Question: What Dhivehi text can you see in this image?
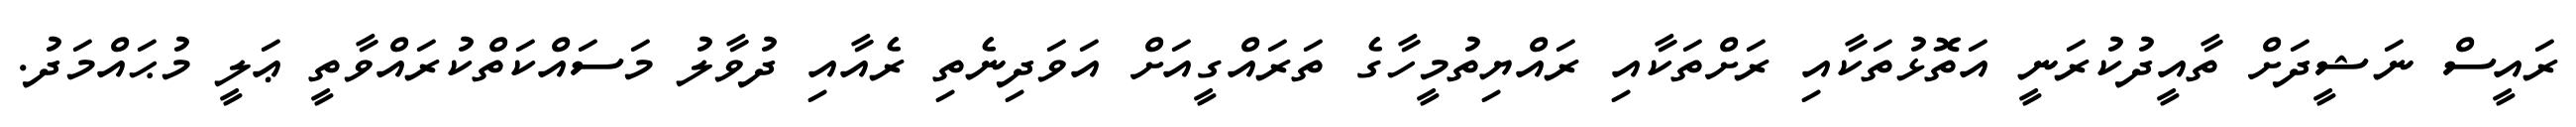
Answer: ރައީސް ނަޝީދަށް ތާއީދުކުރަނީ އަތޮޅުތަކާއި ރަށްތަކާއި ރައްޔިތުމީހާގެ ތަރައްގީއަށް އަވަދިނެތި ރެއާއި ދުވާލު މަސައްކަތްކުރައްވާތީ ޢަލީ މުޙައްމަދު.